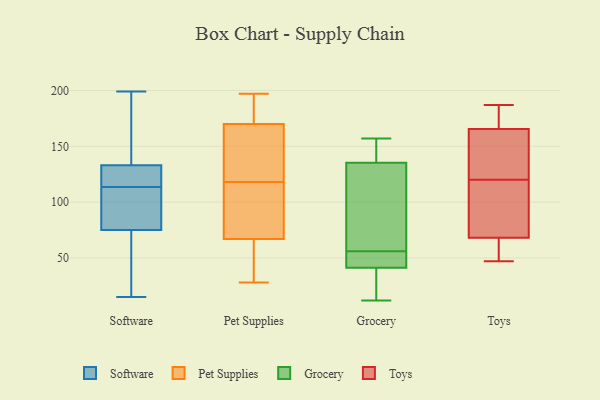
{"axis": {"x": "Satisfaction Score", "y": "Value"}, "legend": ["Grocery", "Pet Supplies", "Software", "Toys"], "data": [{"x": "", "y": 81, "type": "Software"}, {"x": "", "y": 75, "type": "Software"}, {"x": "", "y": 55, "type": "Software"}, {"x": "", "y": 137, "type": "Software"}, {"x": "", "y": 75, "type": "Software"}, {"x": "", "y": 119, "type": "Software"}, {"x": "", "y": 110, "type": "Software"}, {"x": "", "y": 165, "type": "Software"}, {"x": "", "y": 15, "type": "Software"}, {"x": "", "y": 117, "type": "Software"}, {"x": "", "y": 129, "type": "Software"}, {"x": "", "y": 199, "type": "Software"}, {"x": "", "y": 52, "type": "Pet Supplies"}, {"x": "", "y": 143, "type": "Pet Supplies"}, {"x": "", "y": 185, "type": "Pet Supplies"}, {"x": "", "y": 192, "type": "Pet Supplies"}, {"x": "", "y": 40, "type": "Pet Supplies"}, {"x": "", "y": 170, "type": "Pet Supplies"}, {"x": "", "y": 118, "type": "Pet Supplies"}, {"x": "", "y": 67, "type": "Pet Supplies"}, {"x": "", "y": 28, "type": "Pet Supplies"}, {"x": "", "y": 67, "type": "Pet Supplies"}, {"x": "", "y": 118, "type": "Pet Supplies"}, {"x": "", "y": 197, "type": "Pet Supplies"}, {"x": "", "y": 100, "type": "Pet Supplies"}, {"x": "", "y": 158, "type": "Pet Supplies"}, {"x": "", "y": 20, "type": "Grocery"}, {"x": "", "y": 133, "type": "Grocery"}, {"x": "", "y": 12, "type": "Grocery"}, {"x": "", "y": 131, "type": "Grocery"}, {"x": "", "y": 146, "type": "Grocery"}, {"x": "", "y": 48, "type": "Grocery"}, {"x": "", "y": 46, "type": "Grocery"}, {"x": "", "y": 36, "type": "Grocery"}, {"x": "", "y": 142, "type": "Grocery"}, {"x": "", "y": 88, "type": "Grocery"}, {"x": "", "y": 157, "type": "Grocery"}, {"x": "", "y": 56, "type": "Grocery"}, {"x": "", "y": 43, "type": "Grocery"}, {"x": "", "y": 47, "type": "Toys"}, {"x": "", "y": 72, "type": "Toys"}, {"x": "", "y": 165, "type": "Toys"}, {"x": "", "y": 60, "type": "Toys"}, {"x": "", "y": 143, "type": "Toys"}, {"x": "", "y": 166, "type": "Toys"}, {"x": "", "y": 109, "type": "Toys"}, {"x": "", "y": 127, "type": "Toys"}, {"x": "", "y": 113, "type": "Toys"}, {"x": "", "y": 64, "type": "Toys"}, {"x": "", "y": 182, "type": "Toys"}, {"x": "", "y": 187, "type": "Toys"}]}